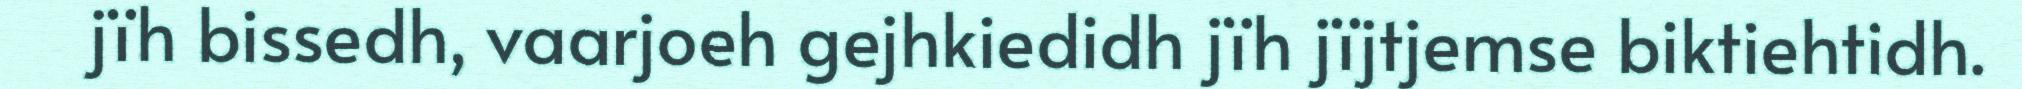
jïh bissedh, vaarjoeh gejhkiedidh jïh jïjtjemse biktiehtidh.